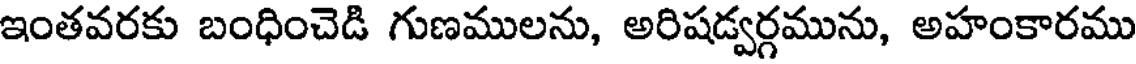
ఇంతవరకు బంధించెడి గుణములను, అరిషడ్వర్గమును, అహంకారము